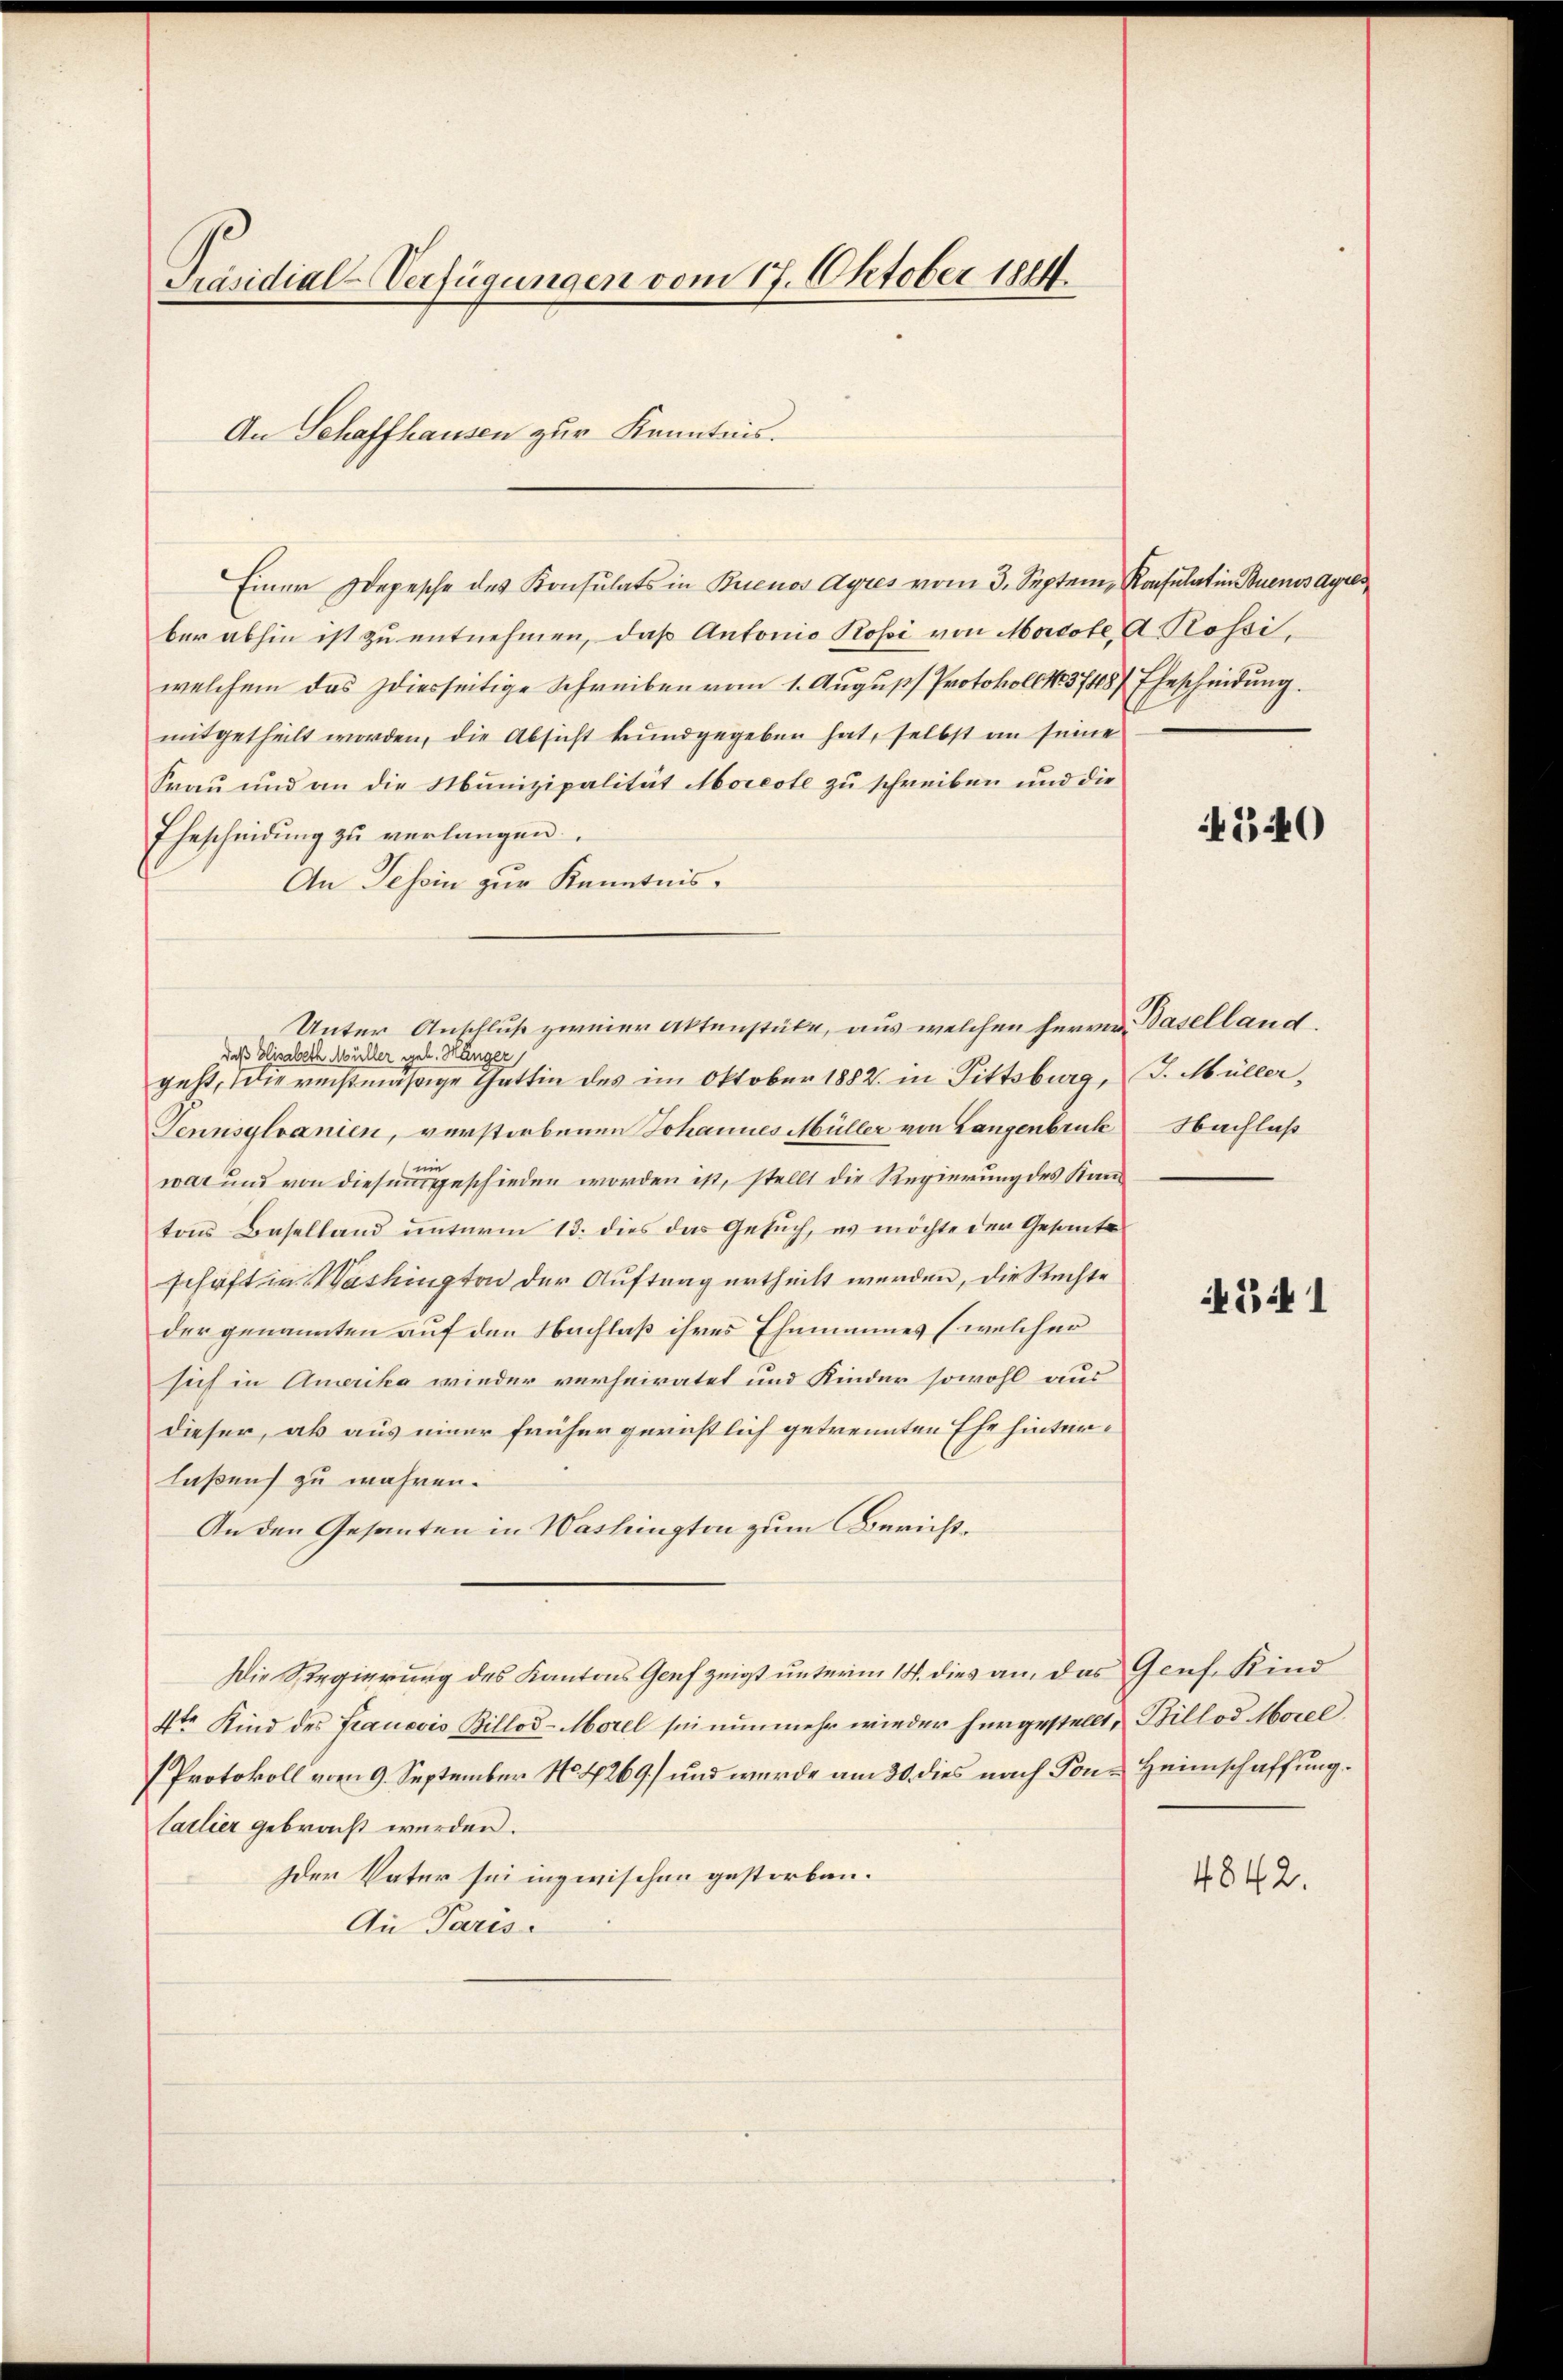
Präsidial-Verfügungen vom 17. Oktober 1844

An Schaffhausen zur Kenntnis.

Einer Depesche des Konsulats in Buenos Ayres vom 3. Septem Konsulat in Buenos Ayres
ber abhin ist zu entnehmen, daß Antonio Rossi von Morcote, A Rossiwelchem das diesseitige Schreiben vom 1. August Protokoll No 3748/ Ehescheidung.
mitgetheilt worden, die Absicht kundgegeben hat, selbst an seine
Frau und an die Munizipalität Moreste zu schreiben und die
Ehescheidung zu verlangen.
An Tessin zur Kenntnis.
daß Elisabeth Müller geb. Mär
geht, die rechtmäßige Gattin des im Oktober 1882 in Pittsburg, J. Müller,
Tennsylvanien, verstorbenen Johannes Müller von Langenbruck Nachlaß
war und von diesem geschieden worden ist, stellt die Regierung des Kantons Baselland unterm 13. dies das Gesuch, es möchte der Gesante
schaft in Washington der Auftrag urtheilt werden, die Rechte
der genannten auf den Nachlaß ihres Ehemannes (welcher
sich in Amerika wieder verheiratet und Kinder sowohl aus
dieser, ab aus einer früher gerichtlich getrennten Ehe hinterlaßen zu währen.
An den Gesanten in Washington zum Bericht¬
Die Regierung des Kantons Genf zeigt unterm 18. dies an, das Genf. Kind
4ten Kind des Francois Billod-Morel sei nunmehr wieder hergestellt, Billod Morel
Protokoll vom 9. September No. 4269) und wurde am 30. dies nach Tons Heimschaffung.
Carlier gebracht werden.
der Vater sei inzwischen gestorben.
An Paris

Unter Anschluß zweier Aktenstüke, aus welchen Herrn Baselland.

540

541

4842.